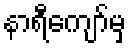
နာရီကျော်မှ